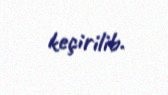
keçirilib.